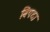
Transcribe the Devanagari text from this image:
बिपदा